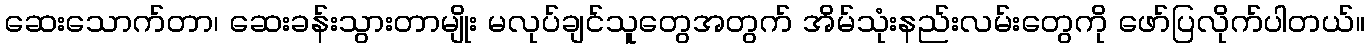
ဆေးသောက်တာ၊ ဆေးခန်းသွားတာမျိုး မလုပ်ချင်သူတွေအတွက် အိမ်သုံးနည်းလမ်းတွေကို ဖော်ပြလိုက်ပါတယ်။